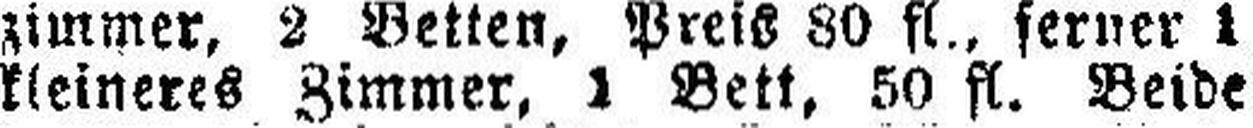
kleineres Zimmer, 1 Bett, 50 fl. Beide